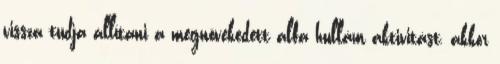
vissza tudja állítani a megnövekedett alfa hullám aktivitást, akkor